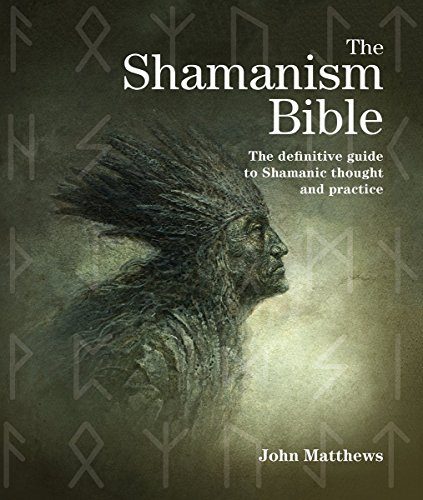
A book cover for The Shamanism Bible: The Definitive Guide to Shamanic Thought and Practice; John Matthews; Religion & Spirituality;